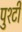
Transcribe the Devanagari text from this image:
पुश्टी